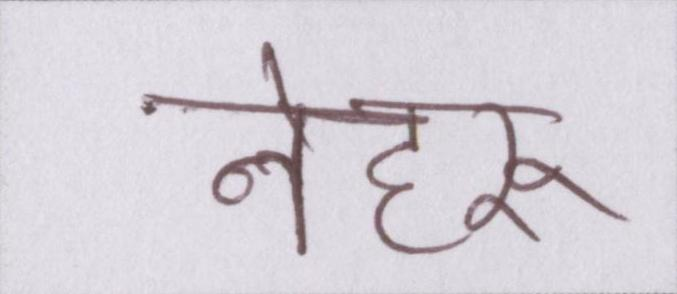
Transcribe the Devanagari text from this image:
नेहरू